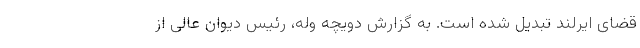
قضای ایرلند تبدیل شده است. به گزارش دویچه وله، رئیس دیوان عالی از